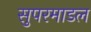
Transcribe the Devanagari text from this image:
सुपरमाडल